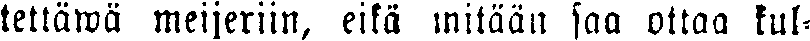
tettäwä meijeriin, eikä mitään saa ottaa kul-